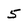
Character: 5